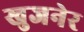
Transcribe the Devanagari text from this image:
खुजनेर